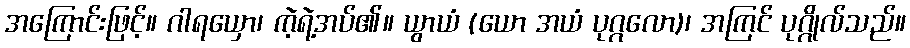
အကြောင်းဖြင့်။ ဂါရယှော၊ ကဲ့ရဲ့အပ်၏။ ယွာယံ (ယော အယံ ပုဂ္ဂလော)၊ အကြင် ပုဂ္ဂိုလ်သည်။